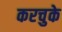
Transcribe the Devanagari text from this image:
करचुके